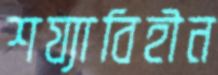
শয্যাবিহীন